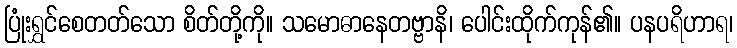
ပြုံးရွှင်စေတတ်သော စိတ်တို့ကို။ သမောဓာနေတဗ္ဗာနိ၊ ပေါင်းထိုက်ကုန်၏။ ပနပရိဟာရ၊